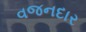
વજનદાર